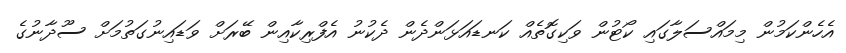
އެހެންކަމުން މިމައްސަލާގައި ކޯޓުން ވަކިގޮތެއް ކަނޑައަޅަންދެން ދެކުނު އެފްރިކާއިން ބޭރަށް ވަޑައިނުގަތުމަށް ސޫދާނުގެ